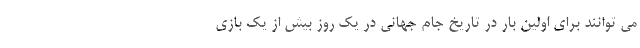
می توانند برای اولین بار در تاریخ جام جهانی در یک روز بیش از یک بازی